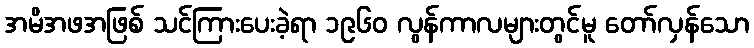
အမိအဖအဖြစ် သင်ကြားပေးခဲ့ရာ ၁၉၆၀ လွန်ကာလများတွင်မူ တော်လှန်သော